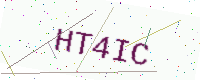
Text: HT4IC